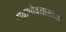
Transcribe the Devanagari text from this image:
गावाभोवतालच्या